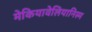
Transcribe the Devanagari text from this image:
मेकियावेलियानिस्म